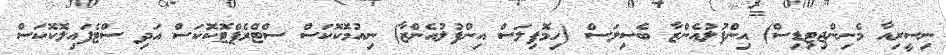
ނިސީރިއާ މެނިންޖިޓިޑިސް) އިންފުލުއެންޒާ ބެސިލަސް (ހިމޮފިލަސް އިންފުލުއެންޒާ) ނިއުމޮކޮކަސް ސްޓްރެޕްޓޮކޮކަސް އަދި ސްޓެފައިލޮކޮކަސް